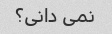
نمی دانی؟